Leaving Certificate Examination (including Day School Certificate (Higher) General paper), 1935
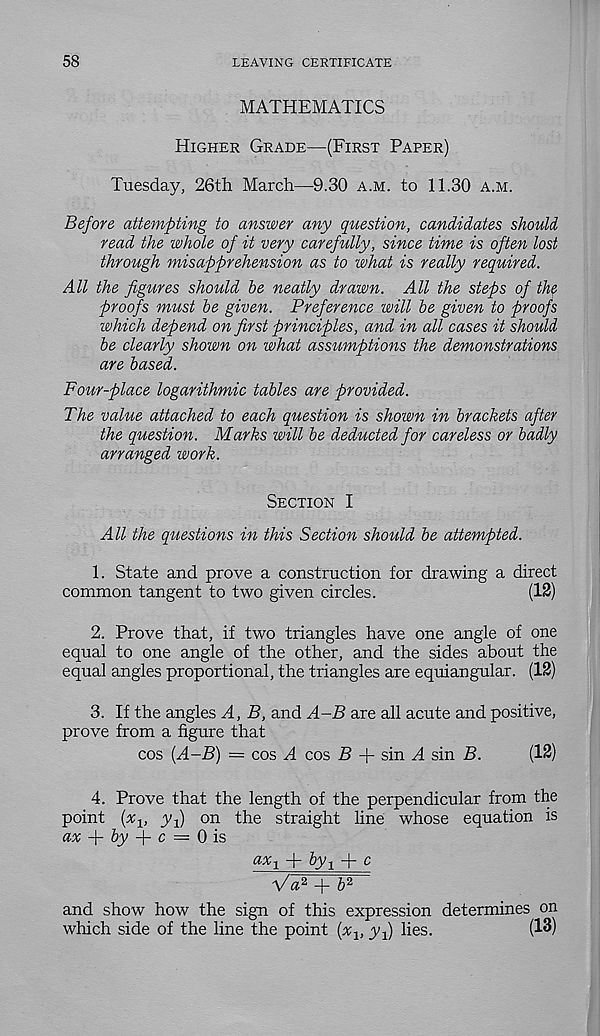
58
LEAVING CERTIFICATE
MATHEMATICS
Higher Grade—(First Paper)
Tuesday, 26th March—9.30 a.m. to 11.30 a.m.
Before attempting to answer any question, candidates should
read the whole of it very carefully, since time is often lost
through misapprehension as to what is really required.
All the figures should be neatly drawn. All the steps of th?
proofs must be given. Preference will be given to proofs
which depend on first principles, and in all cases it should
be clearly shown on what assumptions the demonstrations
are based.
Four-place logarithmic tables are provided.
The value attached to each question is shown in brackets after
the question. Marks will be deducted for careless or badly
arranged work.
Section I
All the questions in this Section should be attempted.
1. State and prove a construction for drawing a direct
common tangent to two given circles.
(12)
2. Prove that, if two triangles have one angle of one
equal to one angle of the other, and the sides about the
equal angles proportional, the triangles are equiangular. (12)
3. If the angles A, B, and A-B are all acute and positive,
prove from a figure that
cos {A-B) = cos A cos 5 + sin M sin B.
(12)
4. Prove that the length of the perpendicular from the
point (xj, yf) on the straight line whose equation is
ax
by
c — 0 is
ax-y -|“ by y -I - ^
V# 2 + 5 2
and show how the sign of this expression determines on
which side of the line the point (xy, jq) lies.
(13)